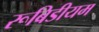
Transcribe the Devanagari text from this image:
रूबिडीयम